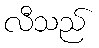
လီသည်